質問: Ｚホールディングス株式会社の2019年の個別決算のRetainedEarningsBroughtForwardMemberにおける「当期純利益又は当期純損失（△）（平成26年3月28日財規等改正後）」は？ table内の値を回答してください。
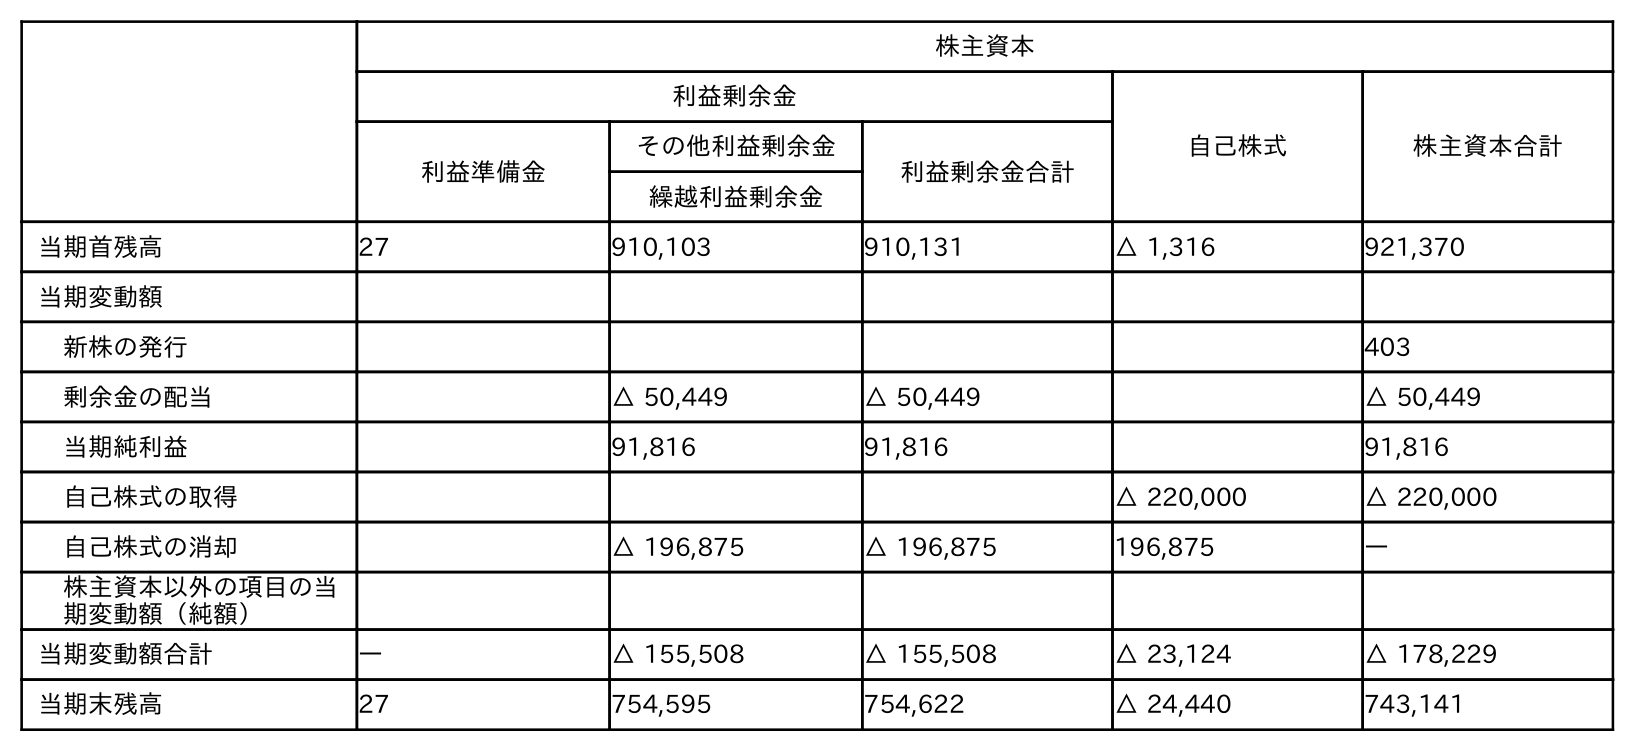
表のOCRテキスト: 株主資本 利益剰余金 自己株式 株主資本合計 利益準備金 その他利益剰余金 利益剰余金合計 繰越利益剰余金 当期首残高 27 910,103 910,131 △ 1,316 921,370 当期変動額 新株の発行 403 剰余金の配当 △ 50,449 △ 50,449 △ 50,449 当期純利益 91,816 91,816 91,816 自己株式の取得 △ 220,000 △ 220,000 自己株式の消却 △ 196,875 △ 196,875 196,875 ― 株主資本以外の項目の当 期変動額（純額） 当期変動額合計 ― △ 155,508 △ 155,508 △ 23,124 △ 178,229 当期末残高 27 754,595 754,622 △ 24,440 743,141
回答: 91,816